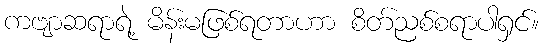
ကဗျာဆရာရဲ့ မိန်းမဖြစ်ရတာဟာ စိတ်ညစ်စရာပါရှင်။